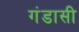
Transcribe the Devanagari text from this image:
गंडासी